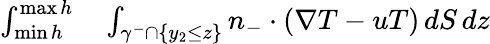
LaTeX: \begin{array}{rl}{\int_{\operatorname*{min}h}^{\operatorname*{max}h}}&{{}\int_{\gamma^{-}\cap\{ y_{2}\leq z\} }n_{-}\cdot(\nabla T-uT)\, dS\, dz}\end{array}